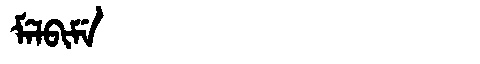
Manchu: ᠮᡝᠯᠪᡳᠮᡝ
Romanization: MELBIME